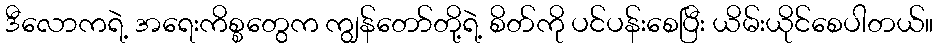
ဒီလောကရဲ့ အရေးကိစ္စတွေက ကျွန်တော်တို့ရဲ့ စိတ်ကို ပင်ပန်းစေပြီး ယိမ်းယိုင်စေပါတယ်။